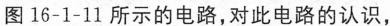
图16-1-11所示的电路，对此电路的认识，